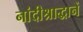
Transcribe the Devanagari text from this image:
नांदीश्राद्धानें